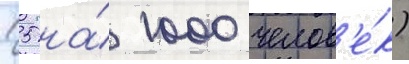
(5 на́ 1000 челов'е́к)